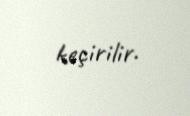
keçirilir.